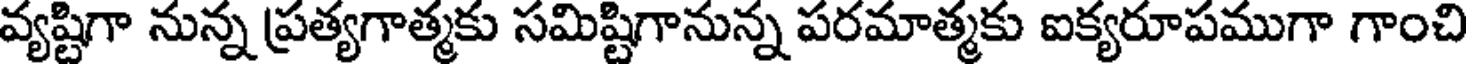
వ్యష్టిగా నున్న ప్రత్యగాత్మకు సమిష్టిగానున్న పరమాత్మకు ఐక్యరూపముగా గాంచి